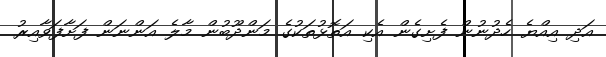
އަދި އިއްޔެ ހެދުނުން ފެށިގެން އެކި އަތޮޅުތަކުގެ މަންދޫބުން މާލެ އަންނަން ފަށާފަވާއިރު